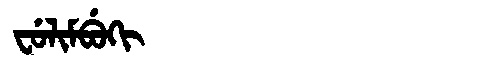
Manchu: ᠸᡠᠯᡳᠮᠪᡠᡴᡳ
Romanization: FULIMBUKI